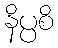
နိပ္ပစိ